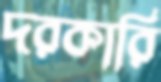
দরকারি